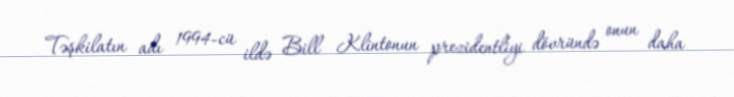
Təşkilatın adı 1994-cü ildə Bill Klintonun prezidentliyi dövründə onun daha